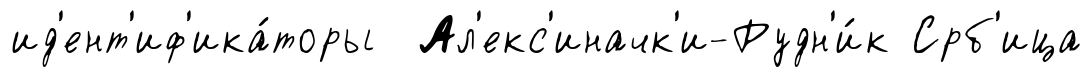
ид'ент'иф'ика́торы Ал'екс'иначк'и-Рудн'и́к Срб'ица